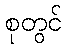
စုတွင်